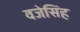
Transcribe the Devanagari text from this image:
वजेसिंह